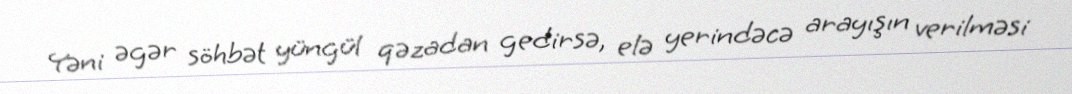
Yəni əgər söhbət yüngül qəzadan gedirsə, elə yerindəcə arayışın verilməsi